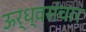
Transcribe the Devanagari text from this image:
ऊर्ध्वसंचार